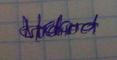
Signature authenticity: genuine